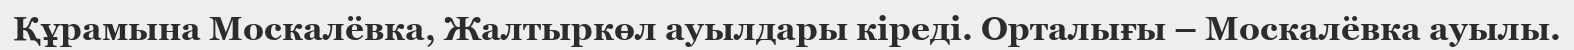
Құрамына Москалёвка, Жалтыркөл ауылдары кіреді. Орталығы – Москалёвка ауылы.